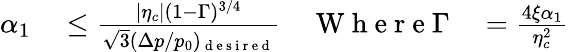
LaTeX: \begin{array}{rlrl}{\alpha_{1}}&{{}\leq\frac{|\eta_{c}|(1-\Gamma)^{3⁄4}}{\sqrt{3}(\Delta p/p_{0})_{\mathrm{~d~e~s~i~r~e~d~}}}}&{\mathrm{~W~h~e~r~e~}\Gamma}&{{}=\frac{4\xi\alpha_{1}}{\eta_{c}^{2}}}\end{array}